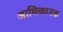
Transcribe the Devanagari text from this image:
अाधिकारक